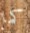
كما